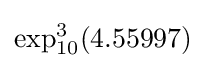
\exp _{10}^{3}(4.55997)